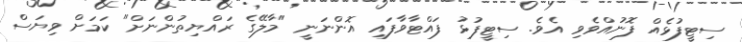
ސިޓީފުޅެއް ފޮނުއްވެވި އެވެ. ސިޓީފުޅު ފައްޓާވާފައި އޮންނަނީ "މާލޭގެ ރައްޔިތުންނަށް" ކަމަށް ވިޔަސް